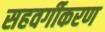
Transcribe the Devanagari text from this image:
सहवर्गीकरण